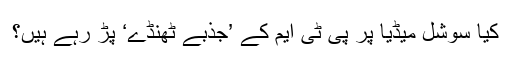
کیا سوشل میڈیا پر پی ٹی ایم کے ’جذبے ٹھنڈے‘ پڑ رہے ہیں؟